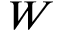
W